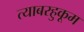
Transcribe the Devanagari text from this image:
त्याबरहुकूम